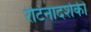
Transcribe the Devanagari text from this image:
रेटिनादर्शकी